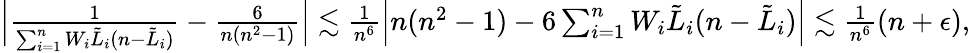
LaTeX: \begin{array}{r}{\Big\lvert\frac{1}{\sum_{i=1}^{n}W_{i}{\tilde{L}}_{i}(n-{\tilde{L}}_{i})}-\frac{6}{n(n^{2}-1)}\Big\rvert\lesssim\frac{1}{n^{6}}\Big\lvert n(n^{2}-1)-6\sum_{i=1}^{n}W_{i}{\tilde{L}}_{i}(n-{\tilde{L}}_{i})\Big\rvert\lesssim\frac{1}{n^{6}}(n+\epsilon),}\end{array}